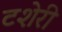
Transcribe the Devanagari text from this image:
टशेरी